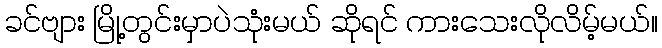
ခင်ဗျား မြို့တွင်းမှာပဲသုံးမယ် ဆိုရင် ကားသေးလိုလိမ့်မယ်။